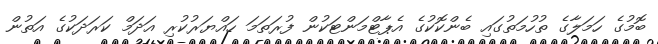
ބޮމުގެ ހަމަލާގެ ތުހުމަތުގައި ބެންކޮކުގެ އެޕާޓްމަންޓަކުން ފުރަަތަމަ ހައްޔަރުކުރި އަދަމް ކަރަދަކުގެ އަތުން